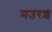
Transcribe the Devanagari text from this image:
मउरश